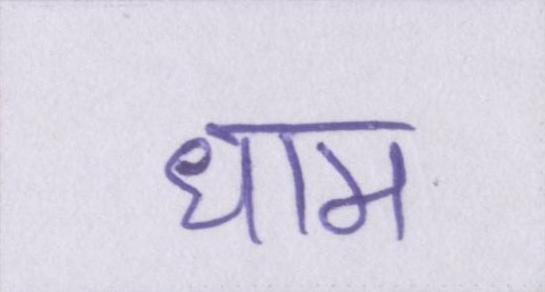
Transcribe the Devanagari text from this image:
धाम